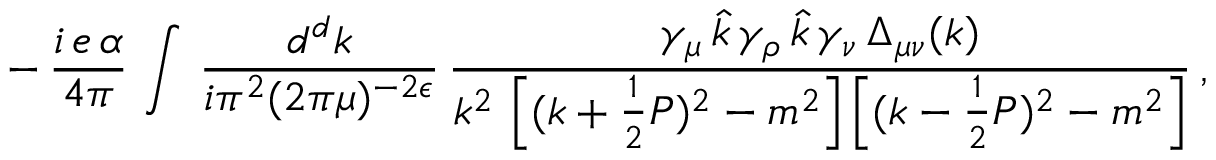
- \, \frac { i \, e \, \alpha } { 4 \pi } \, \int \, \frac { d ^ { d } k } { i \pi ^ { 2 } ( 2 \pi \mu ) ^ { - 2 \epsilon } } \, \frac { \gamma _ { \mu } \, \hat { k } \, \gamma _ { \rho } \, \hat { k } \, \gamma _ { \nu } \, \Delta _ { \mu \nu } ( k ) } { k ^ { 2 } \, \left[ ( k + \frac { 1 } { 2 } P ) ^ { 2 } - m ^ { 2 } \right] \left[ ( k - \frac { 1 } { 2 } P ) ^ { 2 } - m ^ { 2 } \right] } \, ,